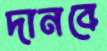
দানবে